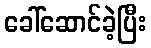
ခေါ်ဆောင်ခဲ့ပြီး